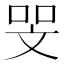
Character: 𠳵